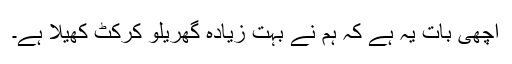
اچھی بات یہ ہے کہ ہم نے بہت زیادہ گھریلو کرکٹ کھیلا ہے۔